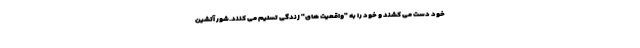
خود دست می کشند و خود را به "واقعیت های" زندگی تسلیم می کنند.شور آتشین